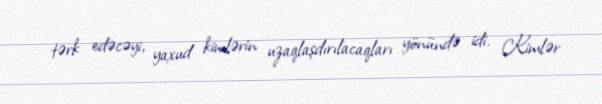
tərk edəcəyi, yaxud kimlərin uzaqlaşdırılacaqları yönündə idi. Kimlər